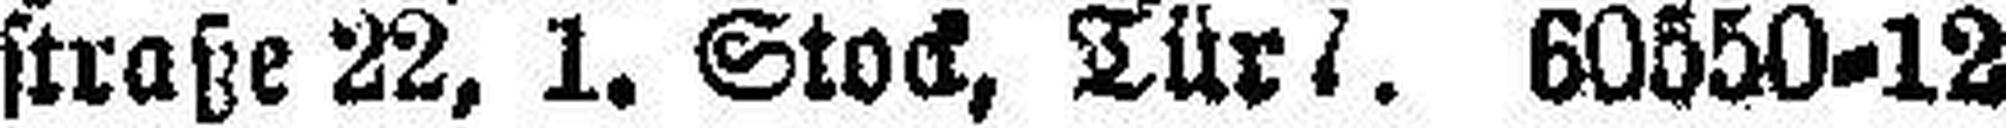
straße 22, 1. Stock, Tür 4. 60550=12